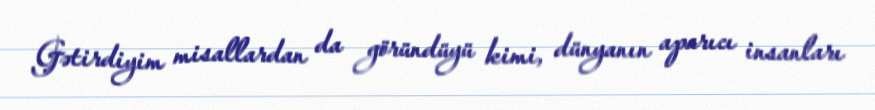
Gətirdiyim misallardan da göründüyü kimi, dünyanın aparıcı insanları